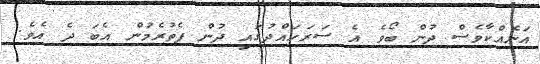
އަނެއްކާވެސް ދުން ބޯވެ އެ ސަރަހައްދުގައި ދުން ފެތުރެމުން އެބަ ދެ އެވެ.